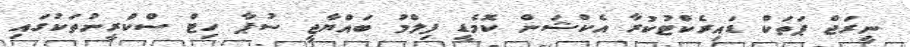
ނީރަޖް ޕަތަކް ޑައިރެކްޓުކުރާ އެކްޝަން ކޮމެޑީ ފިލްމު ބައްޔާޖީ ސުޕާ ހިޓް ސްކްރީނުތަކުގައި